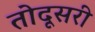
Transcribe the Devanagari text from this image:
तोदूसरी